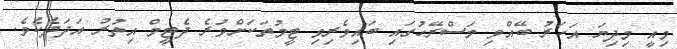
މިއީ މިދިޔަ އަހަރު ބޭއްވި މަސްރޭހުގައި ބައިވެރިވި ޓީމުތަކަށްވުރެ ދެޓީމް އިތުރު އަދަދެކެވެ.